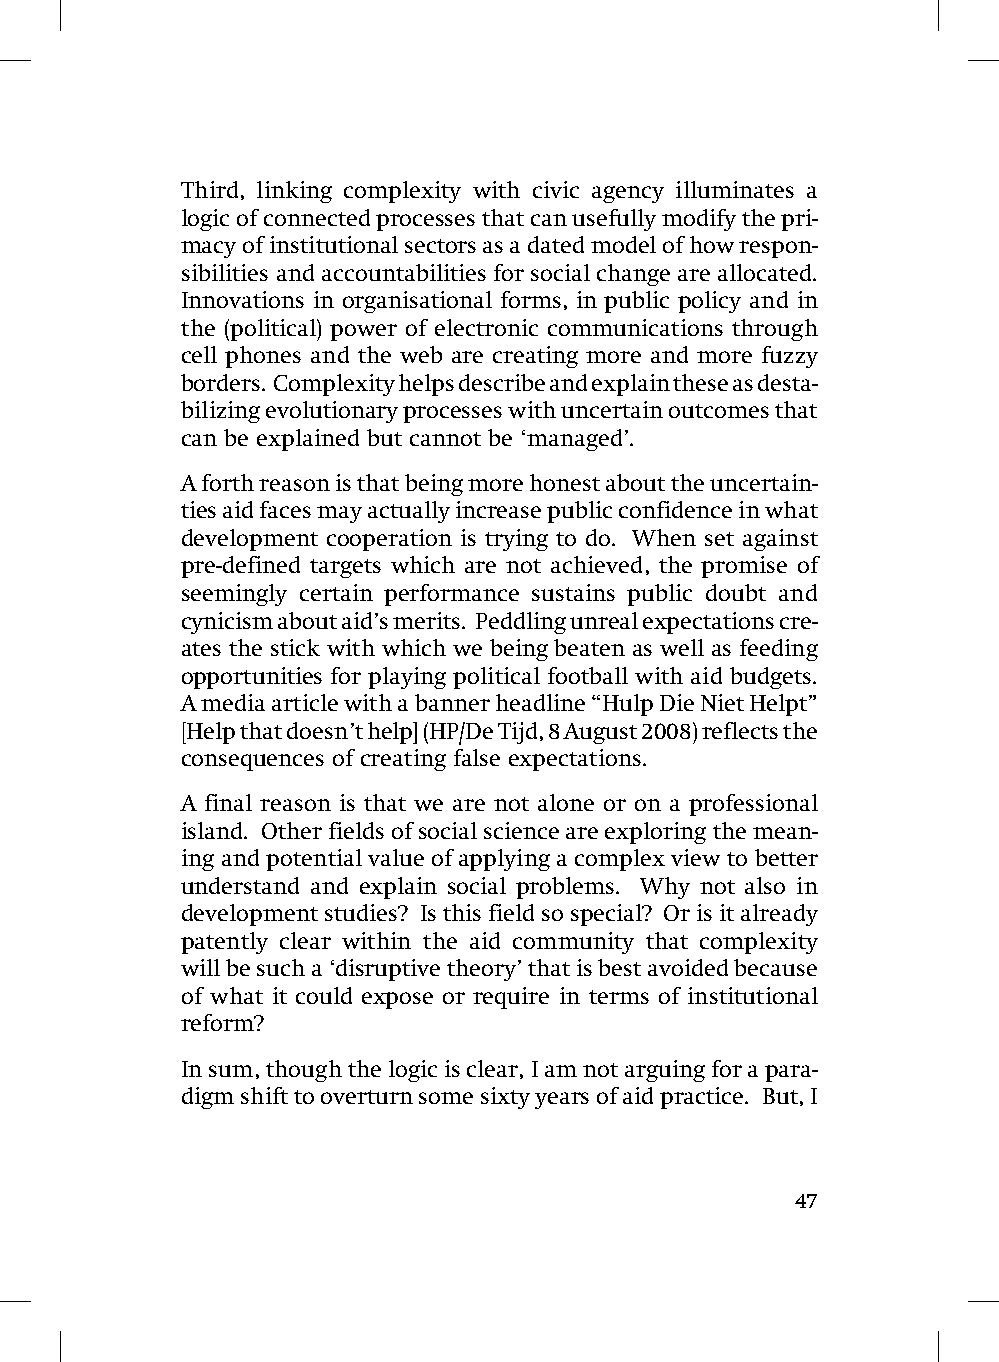
Third, linking complexity with civic agency illuminates a
 logic of connected processes that can usefully modify the pri-
 macy of institutional sectors as a dated model of how respon-
 sibilities and accountabilities for social change are allocated.
 Innovations in organisational forms, in public policy and in
 the (political) power of electronic communications through
 cell phones and the web are creating more and more fuzzy
 borders. Complexity helps describe and explain these as desta-
 bilizing evolutionary processes with uncertain outcomes that
 can be explained but cannot be ‘managed’.
 A forth reason is that being more honest about the uncertain-
 ties aid faces may actually increase public confidence in what
 development cooperation is trying to do. When set against
 pre-defined targets which are not achieved, the promise of
 seemingly certain performance sustains public doubt and
 cynicism about aid’s merits. Peddling unreal expectations cre-
 ates the stick with which we being beaten as well as feeding
 opportunities for playing political football with aid budgets.
 A media article with a banner headline “Hulp Die Niet Helpt”
 [Help that doesn’t help] (HP/De Tijd, 8 August 2008) reflects the
 consequences of creating false expectations.
 A final reason is that we are not alone or on a professional
 island. Other fields of social science are exploring the mean-
 ing and potential value of applying a complex view to better
 understand and explain social problems. Why not also in
 development studies? Is this field so special? Or is it already
 patently clear within the aid community that complexity
 will be such a ‘disruptive theory’ that is best avoided because
 of what it could expose or require in terms of institutional
 reform?
 In sum, though the logic is clear, I am not arguing for a para-
 digm shift to overturn some sixty years of aid practice. But, I
 47